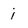
Character: i